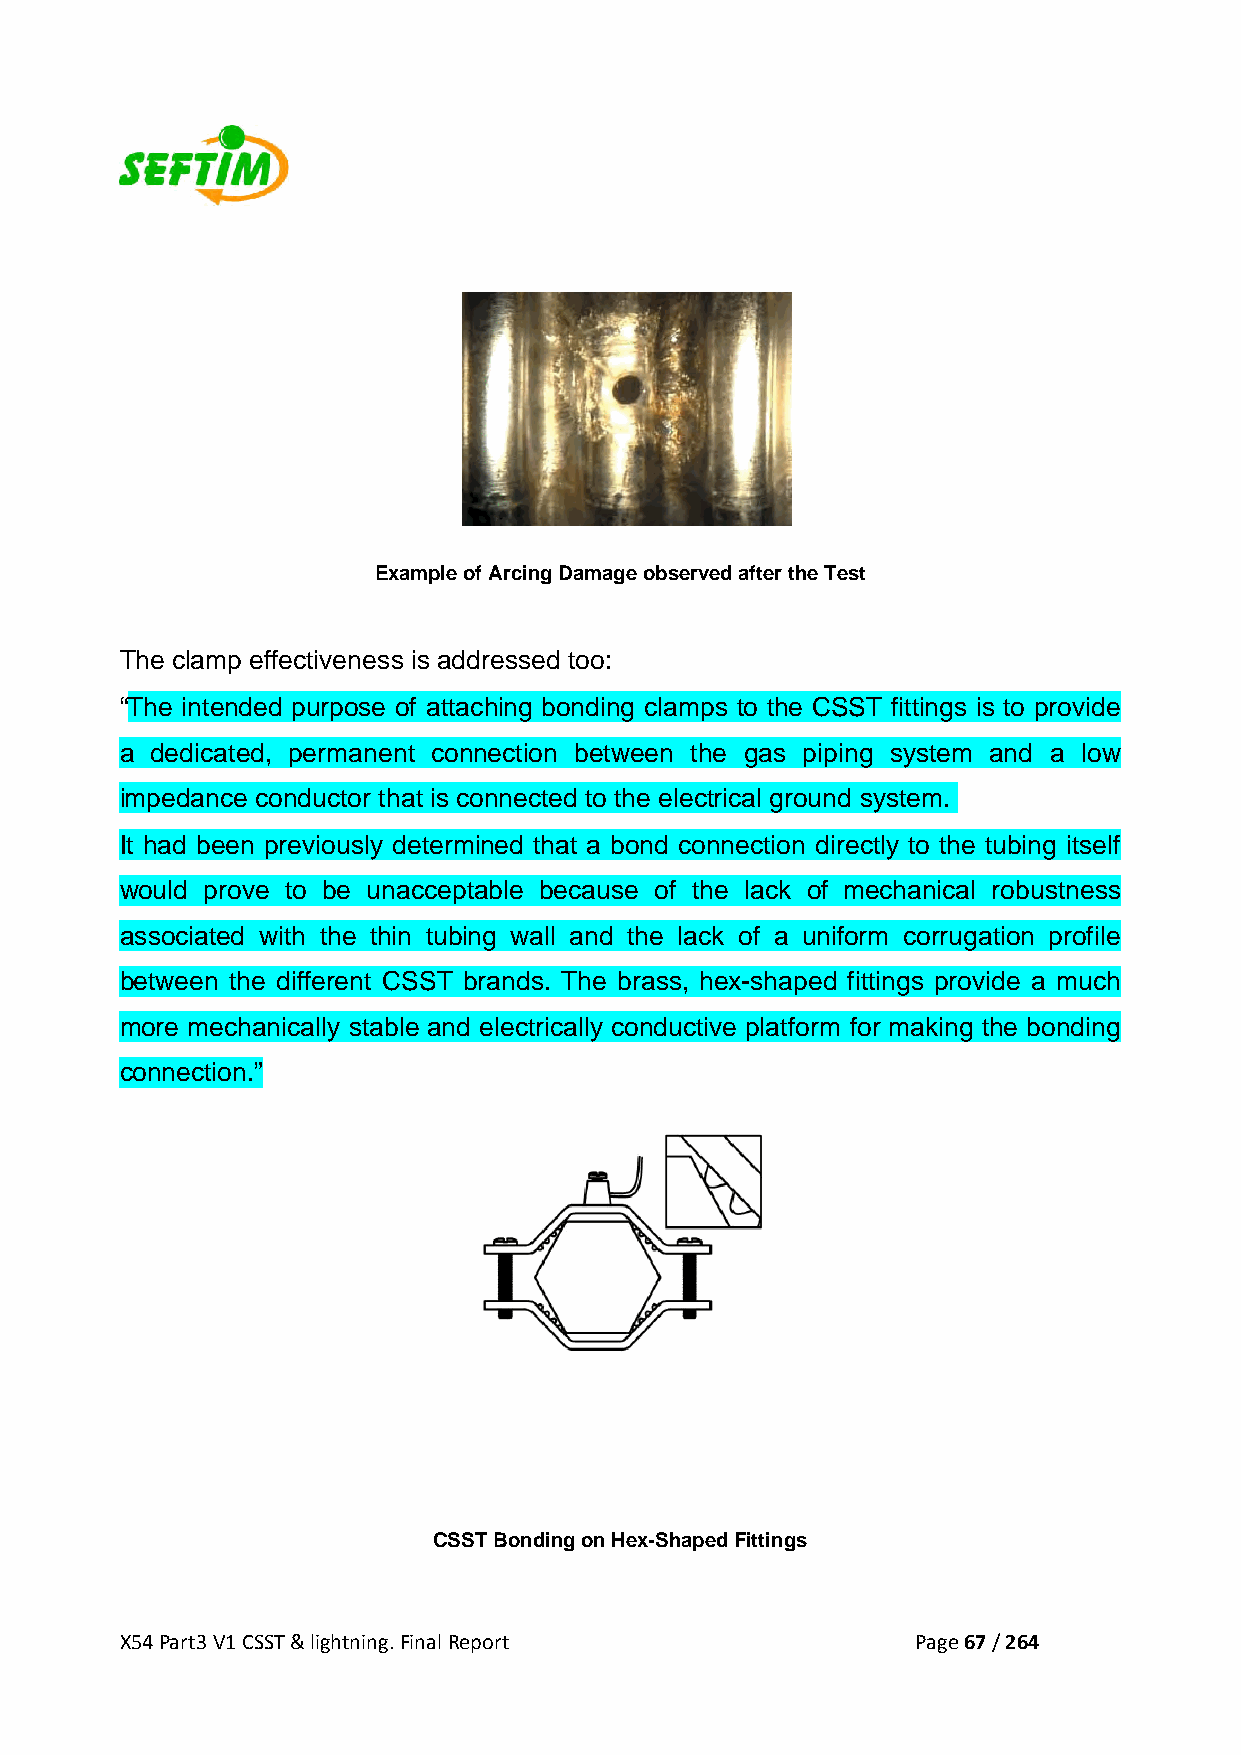
Example of Arcing Damage observed after the Test
 The clamp effectiveness is addressed too:
 “The intended purpose of attaching bonding clamps to the CSST fittings is to provide
 a dedicated, permanent connection between the gas piping system and a low
 impedance conductor that is connected to the electrical ground system.
 It had been previously determined that a bond connection directly to the tubing itself
 would prove to be unacceptable because of the lack of mechanical robustness
 associated with the thin tubing wall and the lack of a uniform corrugation profile
 between the different CSST brands. The brass, hex-shaped fittings provide a much
 more mechanically stable and electrically conductive platform for making the bonding
 connection.”
 CSST Bonding on Hex-Shaped Fittings
 X54 Part3 V1 CSST & lightning. Final Report          Page 67 / 264